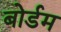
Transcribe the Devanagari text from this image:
बोर्डम